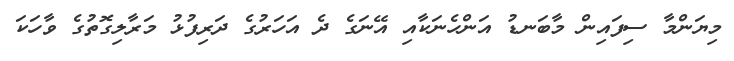
މިޔަންމާ ސިފައިން މާބަނޑު އަންހެނަކާއި އޭނަގެ ދެ އަހަރުގެ ދަރިފުޅު މަރާލިގޮތުގެ ވާހަކަ